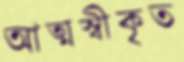
আত্মস্বীকৃত